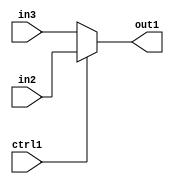
`timescale 1ps / 1ps
/*****************************************************************************
    Verilog RTL Description
    
    
    Created by: Stratus DpOpt 21.05.01 
*******************************************************************************/

module SobelFilter_N_Mux_32_2_0_1 (
	in3,
	in2,
	ctrl1,
	out1
	); /* architecture "behavioural" */ 
input [31:0] in3,
	in2;
input  ctrl1;
output [31:0] out1;
wire [31:0] asc001;

reg [31:0] asc001_tmp_0;
assign asc001 = asc001_tmp_0;
always @ (ctrl1 or in2 or in3) begin
	case (ctrl1)
		1'B1 : asc001_tmp_0 = in2 ;
		default : asc001_tmp_0 = in3 ;
	endcase
end

assign out1 = asc001;
endmodule

/* CADENCE  uLPySQw= : u9/ySxbfrwZIxEzHVQQV8Q== ** DO NOT EDIT THIS LINE ******/